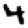
Digit: 4